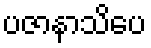
ပဇာနာသိပေ